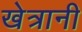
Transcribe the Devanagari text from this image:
खेत्रानी